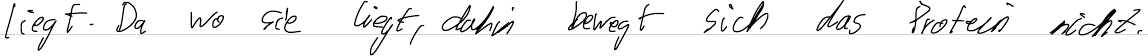
liegt. Da wo sie liegt, dahin bewegt sich das Protein nicht.